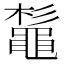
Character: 𪓫